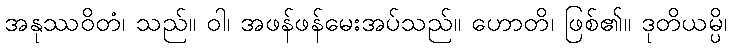
အနုဿဝိတံ၊ သည်။ ဝါ၊ အဖန်ဖန်မေးအပ်သည်။ ဟောတိ၊ ဖြစ်၏။ ဒုတိယမ္ပိ၊